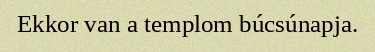
Ekkor van a templom búcsúnapja.